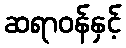
ဆရာဝန်နှင့်